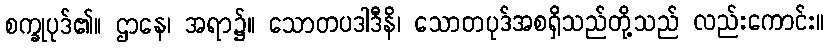
စက္ခုပုဒ်၏။ ဌာနေ၊ အရာ၌။ သောတပဒါဒီနိ၊ သောတပုဒ်အစရှိသည်တို့သည် လည်းကောင်း။